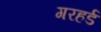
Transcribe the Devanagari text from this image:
गरहर्ड